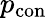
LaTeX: p_{\mathrm{con}}